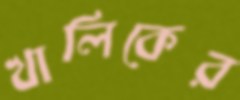
খালিকের